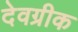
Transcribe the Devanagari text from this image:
देवग्रीक